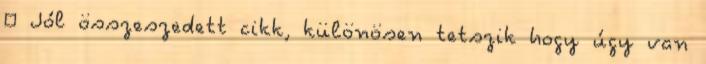
🙂 Jól összeszedett cikk, különösen tetszik hogy úgy van